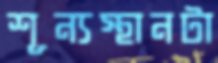
শূন্যস্থানটা